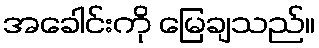
အခေါင်းကို မြေချသည်။